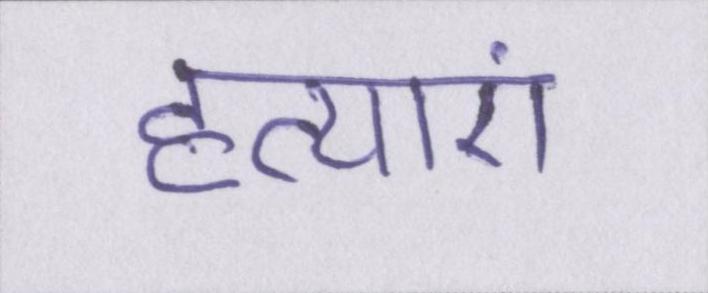
हत्याएं